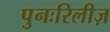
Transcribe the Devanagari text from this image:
पुनःरिलीज़